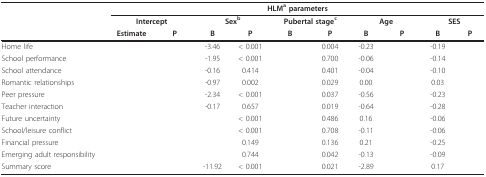
<table><thead><tr><td>[EMPTY_CELL]</td><td colspan="10"><b>HLM<sup>a </sup>parameters</b></td></tr><tr><td>[EMPTY_CELL]</td><td colspan="2"><b>Intercept</b></td><td colspan="2"><b>Sex<sup>b</sup></b></td><td colspan="2"><b>Pubertal stage<sup>c</sup></b></td><td colspan="2"><b>Age</b></td><td colspan="2"><b>SES</b></td></tr><tr><td>[EMPTY_CELL]</td><td><b>Estimate</b></td><td><b>P</b></td><td><b>B</b></td><td><b>P</b></td><td><b>B</b></td><td><b>P</b></td><td><b>B</b></td><td><b>P</b></td><td><b>B</b></td><td><b>P</b></td></tr></thead><tbody><tr><td>Home life</td><td>[EMPTY_CELL]</td><td>[EMPTY_CELL]</td><td>-3.46</td><td>&lt; 0.001</td><td>[EMPTY_CELL]</td><td>0.004</td><td>-0.23</td><td>[EMPTY_CELL]</td><td>-0.19</td><td>[EMPTY_CELL]</td></tr><tr><td>School performance</td><td>[EMPTY_CELL]</td><td>[EMPTY_CELL]</td><td>-1.95</td><td>&lt; 0.001</td><td>[EMPTY_CELL]</td><td>0.700</td><td>-0.06</td><td>[EMPTY_CELL]</td><td>-0.14</td><td>[EMPTY_CELL]</td></tr><tr><td>School attendance</td><td>[EMPTY_CELL]</td><td>[EMPTY_CELL]</td><td>-0.16</td><td>0.414</td><td>[EMPTY_CELL]</td><td>0.401</td><td>-0.04</td><td>[EMPTY_CELL]</td><td>-0.10</td><td>[EMPTY_CELL]</td></tr><tr><td>Romantic relationships</td><td>[EMPTY_CELL]</td><td>[EMPTY_CELL]</td><td>-0.97</td><td>0.002</td><td>[EMPTY_CELL]</td><td>0.029</td><td>0.00</td><td>[EMPTY_CELL]</td><td>0.03</td><td>[EMPTY_CELL]</td></tr><tr><td>Peer pressure</td><td>[EMPTY_CELL]</td><td>[EMPTY_CELL]</td><td>-2.34</td><td>&lt; 0.001</td><td>[EMPTY_CELL]</td><td>0.037</td><td>-0.56</td><td>[EMPTY_CELL]</td><td>-0.23</td><td>[EMPTY_CELL]</td></tr><tr><td>Teacher interaction</td><td>[EMPTY_CELL]</td><td>[EMPTY_CELL]</td><td>-0.17</td><td>0.657</td><td>[EMPTY_CELL]</td><td>0.019</td><td>-0.64</td><td>[EMPTY_CELL]</td><td>-0.28</td><td>[EMPTY_CELL]</td></tr><tr><td>Future uncertainty</td><td>[EMPTY_CELL]</td><td>[EMPTY_CELL]</td><td>[EMPTY_CELL]</td><td>&lt; 0.001</td><td>[EMPTY_CELL]</td><td>0.486</td><td>0.16</td><td>[EMPTY_CELL]</td><td>-0.06</td><td>[EMPTY_CELL]</td></tr><tr><td>School/leisure conflict</td><td>[EMPTY_CELL]</td><td>[EMPTY_CELL]</td><td>[EMPTY_CELL]</td><td>&lt; 0.001</td><td>[EMPTY_CELL]</td><td>0.708</td><td>-0.11</td><td>[EMPTY_CELL]</td><td>-0.06</td><td>[EMPTY_CELL]</td></tr><tr><td>Financial pressure</td><td>[EMPTY_CELL]</td><td>[EMPTY_CELL]</td><td>[EMPTY_CELL]</td><td>0.149</td><td>[EMPTY_CELL]</td><td>0.136</td><td>0.21</td><td>[EMPTY_CELL]</td><td>-0.25</td><td>[EMPTY_CELL]</td></tr><tr><td>Emerging adult responsibility</td><td>[EMPTY_CELL]</td><td>[EMPTY_CELL]</td><td>[EMPTY_CELL]</td><td>0.744</td><td>[EMPTY_CELL]</td><td>0.042</td><td>-0.13</td><td>[EMPTY_CELL]</td><td>-0.09</td><td>[EMPTY_CELL]</td></tr><tr><td>Summary score</td><td>[EMPTY_CELL]</td><td>[EMPTY_CELL]</td><td>-11.92</td><td>&lt; 0.001</td><td>[EMPTY_CELL]</td><td>0.021</td><td>-2.89</td><td>[EMPTY_CELL]</td><td>0.17</td><td>[EMPTY_CELL]</td></tr></tbody></table>